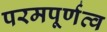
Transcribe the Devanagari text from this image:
परमपूर्णत्व